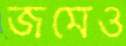
জমেও